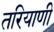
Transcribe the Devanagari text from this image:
तरियाणी